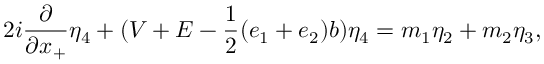
2 i \frac { \partial } { \partial x _ { + } } { \eta } _ { 4 } + ( V + E - \frac { 1 } { 2 } ( e _ { 1 } + e _ { 2 } ) b ) { \eta } _ { 4 } = m _ { 1 } { \eta } _ { 2 } + m _ { 2 } { \eta } _ { 3 } ,